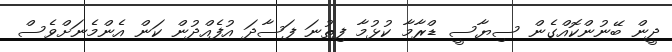
ދީން ބޭނުންކޮއްގެން ސިޔާސީ ޑްރާމާ ކުޅުމާ ފިތުނަ ފަސާދަ އުފެއްދުން ކަން އެންމެނަށްވެސް